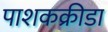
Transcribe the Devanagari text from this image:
पाशकक्रीडा